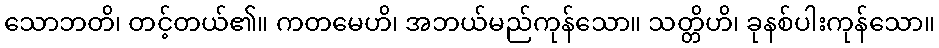
သောဘတိ၊ တင့်တယ်၏။ ကတမေဟိ၊ အဘယ်မည်ကုန်သော။ သတ္တိဟိ၊ ခုနစ်ပါးကုန်သော။